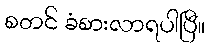
စတင် ခံစားလာရပါပြီ။